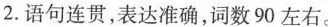
2.语句连贯，表达准确，词数90左右。